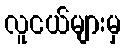
လူငယ်များမှ